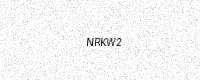
Text: NRKW2